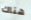
هناك